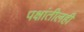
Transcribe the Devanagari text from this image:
पक्षांतीलही